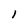
Character: l